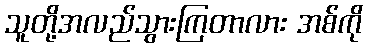
သူတို့အလည်သွားကြတာလား အစ်ကို